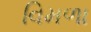
વિમળા